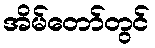
အိမ်တော်တွင်